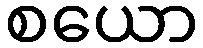
စယော